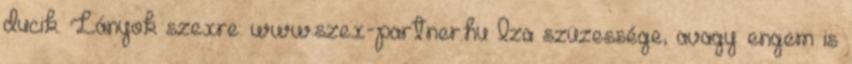
ducik. Lányok szexre: www.szex-partner.hu Iza szüzessége, avagy engem is